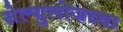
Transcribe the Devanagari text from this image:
सेल्युलोजच्या